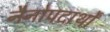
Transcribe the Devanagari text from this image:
नैनोपदार्थों